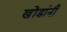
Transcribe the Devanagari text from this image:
खोंडांनी